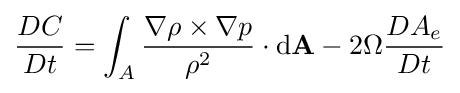
{\frac {DC}{Dt}}=\int _{A}{\frac {\nabla \rho \times \nabla p}{\rho ^{2}}}\cdot \mathrm {d} \mathbf {A} -2\Omega {\frac {DA_{e}}{Dt}}